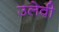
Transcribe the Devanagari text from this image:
उलेवी